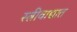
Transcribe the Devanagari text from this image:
स्त्रीवाद्यात